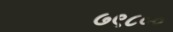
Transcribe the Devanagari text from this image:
७९८००